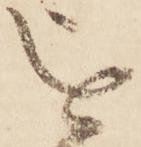
を